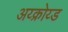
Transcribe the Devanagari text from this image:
अय्क्रोय्ड